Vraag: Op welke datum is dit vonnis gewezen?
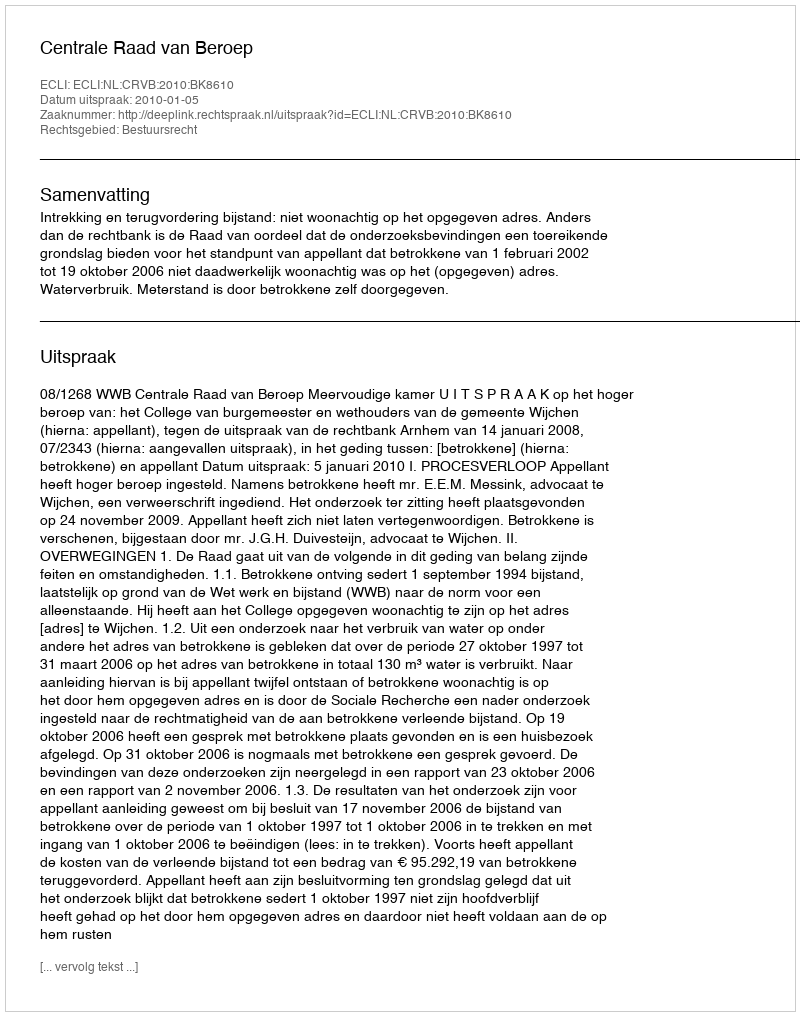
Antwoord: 2010-01-05